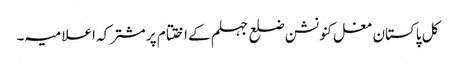
کل پاکستان مغل کنونشن ضلع جہلم کے اختتام پر مشترکہ اعلامیہ ۔